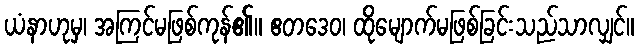
ယံနာဟုမှ၊ အကြင်မဖြစ်ကုန်၏။ ဧတဒေဝ၊ ထိုမျောက်မဖြစ်ခြင်းသည်သာလျှင်။